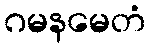
ဂမနမေတံ